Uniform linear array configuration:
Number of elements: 48
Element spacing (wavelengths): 1
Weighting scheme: cosine
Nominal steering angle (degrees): -30
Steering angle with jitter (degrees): -30.511
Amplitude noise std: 0.05
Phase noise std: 0.05

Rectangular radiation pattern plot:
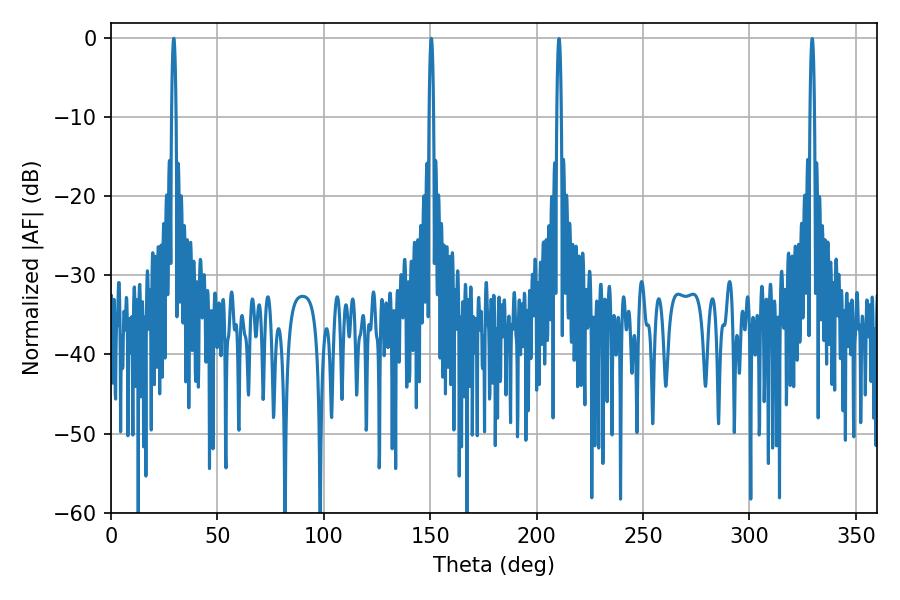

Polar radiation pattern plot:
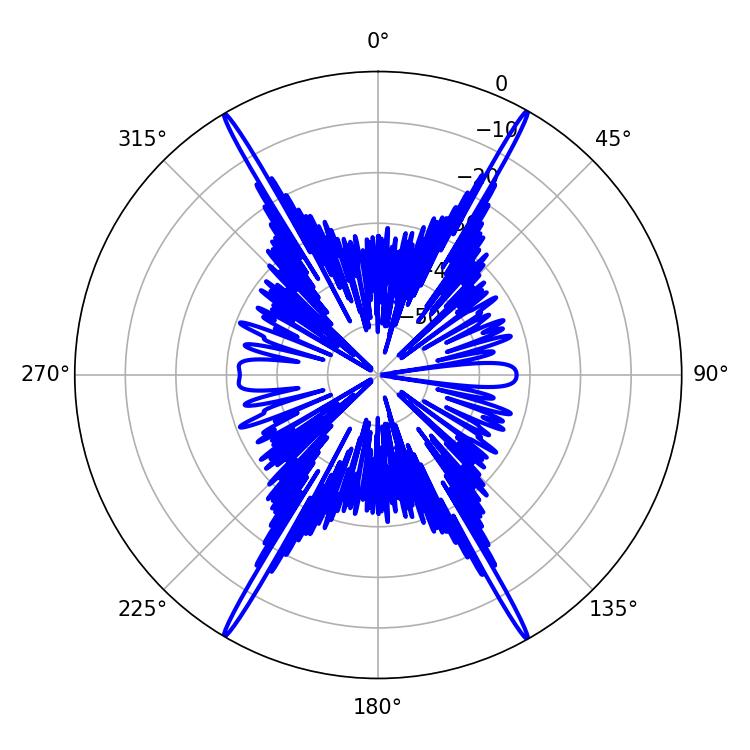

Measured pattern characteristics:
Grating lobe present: TRUE
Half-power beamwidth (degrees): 1.08
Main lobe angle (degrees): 29.52